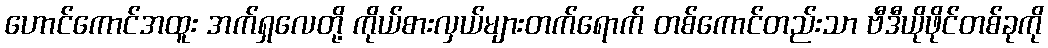
ဟောင်ကောင်အထူး အက်ရှလေတို့ ကိုယ်စားလှယ်များတက်ရောက် တစ်ကောင်တည်းသာ ဗီဒီယိုဖိုင်တစ်ခုကို